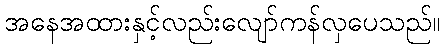
အနေအထားနှင့်လည်းလျော်ကန်လှပေသည်။